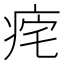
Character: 𤵾